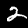
Digit: 2